Report of the Indian Hemp Drugs Commission, 1894-1895 - Volume V
Year: 1894
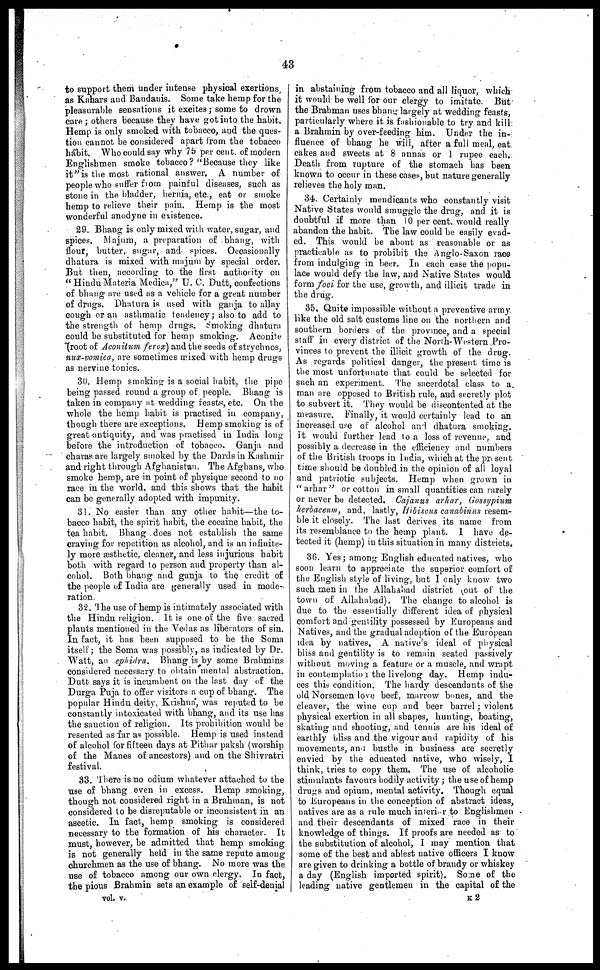
43
to support them under intense physical exertions
as Kahars and Baudanis. Some take hemp for the
pleasurable sensations it excites ; some to drown
care ; others because they have got into the habit.
Hemp is only smoked with tobacco, and the ques-
tion cannot be considered apart from the tobacco
habit. Who could say why 75 per cent. of modern
Englishmen smoke tobacco? "Because they like
it" is the most rational answer. A number of
people who suffer from painful diseases, such as
stone in the bladder, hernia, etc., eat or smoke
hemp to relieve their pain. Hemp is the most
wonderful anodyne in existence.
29. Bhang is only mixed with water, sugar, and
spices. Majum, a preparation of bhang, with
flour, butter, sugar, and spices. Occasionally
dhatura is mixed with majum by special order.
But then, according to the first authority on
"Hindu Materia Medica," U. C. Dutt, confections
of bhang are used as a vehicle for a great number
of drugs. Dhatura is used with ganja to allay
cough or an asthmatic tendency ; also to add to
the strength of hemp drugs. Smoking dhatura
could be substituted for hemp smoking. Aconite
(root of Aconitum ferox) and the seeds of strychnos,
nux-vomica, are sometimes mixed with hemp drugs
as nervine tonics.
30. Hemp smoking is a social habit, the pipe
being passed round a group of people. Bhang is
taken in company at wedding feasts, etc. On the
whole the hemp habit is practised in company,
though there are exceptions. Hemp smoking is of
great-antiquity, and was practised in India long
before the introduction of tobacco. Ganja and
charas are largely smoked by the Dards in Kashmir
and right through Afghanistan. The Afghans, who
smoke hemp, are in point of physique second to no
race in the world, and this shows that the habit
can be generally adopted with impunity.
31. No easier than any other habit—the to-
bacco habit, the spirit habit, the cocaine habit, the
tea habit. Bhang does not establish the same
craving for repetition as alcohol, and is an infinite-
ly more æsthetic, cleaner, and less injurious habit
both with regard to person and property than al-
cohol. Both bhang and ganja to the credit of
the people of India are generally used in mode-
ration.
32. The use of hemp is intimately associated with
the Hindu religion. It is one of the five sacred
plants mentioned in the Vedas as liberators of sin.
In fact, it has been supposed to be the Soma
itself ; the Soma was possibly, as indicated by Dr.
Watt, an ephidra. Bhang is by some Brahmins
considered necessary to obtain mental abstraction.
Dutt says it is incumbent on the last day of the
Durga Puja to offer visitors a cup of bhang. The
popular Hindu deity, Krishna, was reputed to be
constantly intoxicated with bhang, and its use has
the sanction of religion. Its prohibition would be
resented as far as possible. Hemp is used instead
of alcohol for fifteen days at Pithar paksh (worship
of the Manes of ancestors) and on the Shivratri
festival.
33. There is no odium whatever attached to the
use of bhang even in excess. Hemp smoking,
though not considered right in a Brahman, is not
considered to be disreputable or inconsistent in an
ascetic. In fact, hemp smoking is considered
necessary to the formation of his character. It
must, however, be admitted that hemp smoking
is not generally held in the same repute among
churchmen as the use of bhang. No more was the
use of tobacco among our own clergy. In fact,
the pious Brahmin sets an example of self-denial
vol. v.
in abstaining from tobacco and all liquor, which
it would be well for our clergy to imitate. But
the Brahman uses bhang largely at wedding feasts,
particularly where it is fashionable to try and kill
a Brahmin by over-feeding him. Under the in-
fluence of bhang he will, after a full meal, eat
cakes and sweets at 8 annas or 1 rupee each.
Death from rupture of the stomach has been
known to occur in these cases, but nature generally
relieves the holy man.
34. Certainly mendicants who constantly visit
Native States would smuggle the drug, and it is
doubtful if more than 10 per cent. would really
abandon the habit. The law could be easily evad-
ed. This would be about as reasonable or as
practicable as to prohibit the Anglo-Saxon race
from indulging in beer. In each case the popu-
lace would defy the law, and Native States would
form foci for the use, growth, and illicit trade in
the drug.
35. Quite impossible without a preventive army
like the old salt customs line on the northern and
southern borders of the province, and a special
staff in every district, of the North-Western Pro-
vinces to prevent the illicit growth of the drug.
As regards political danger, the present time is
the most unfortunate that could be selected for
such an experiment. The sacerdotal class to a
man are opposed to British rule, and secretly plot
to subvert it. They would be discontented at the
measure. Finally, it would certainly lead to an
increased use of alcohol and dhatura smoking,
it would further lead to a loss of revenue, and
possibly a decrease in the efficiency and numbers
of the British troops in India, which at the present
time should be doubled in the opinion of all loyal
and patriotic subjects. Hemp when grown in
"arhar" or cotton in small quantities can rarely
or never be detected. Cajanus arhar, Gossypium
herbaceum, and, lastly, Hibiscus canabinus resem-
ble it closely. The last derives its name from
its resemblance to the hemp plant. 1 have de-
tected it (hemp) in this situation in many districts.
36. Yes ; among English educated natives, who
soon learn to appreciate the superior comfort of
the English style of living, but I only know two
such men in the Allahabad district out of the
town of Allahabad). The change to alcohol is
due to the essentially different idea of physical
comfort and gentility possessed by Europeans and
Natives, and the gradual adoption of the European
idea by natives. A native's ideal of physical
bliss and gentility is to remain seated passively
without moving a feature or a muscle, and wrapt
in contemplation the livelong day. Hemp indu-
ces this condition. The hardy descendants of the
old Norsemen love beef, marrow bones, and the
cleaver, the wine cup and beer barrel ; violent
physical exertion in all shapes, hunting, boating,
skating and shooting, and tennis are his ideal of
earthly bliss and the vigour and rapidity of his
movements, and bustle in business are secretly
envied by the educated native, who wisely, I
think, tries to copy them. The use of alcoholic
stimulants favours bodily activity ; the use of hemp
drugs and opium, mental activity. Though equal
to Europeans in the conception of abstract ideas,
natives are as a rule much interior to Englishmen
and their descendants of mixed race in their
knowledge of things. If proofs are needed as to
the substitution of alcohol, I may mention that
some of the best and ablest native officers I know
are given to drinking a bottle of brandy or whiskey
a day (English imported spirit). Some of the
leading native gentlemen in the capital of the
K 2